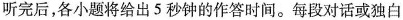
听完后，各小题将给出5秒钟的作答时间。每段对话或独白